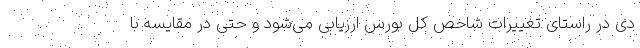
دی در راستای تغییرات شاخص کل بورس ارزیابی می‌شود و حتی در مقایسه با